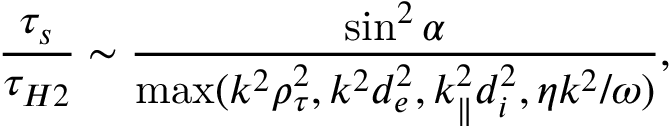
\frac { \tau _ { s } } { \tau _ { H 2 } } \sim \frac { \sin ^ { 2 } \alpha } { \operatorname* { m a x } ( k ^ { 2 } \rho _ { \tau } ^ { 2 } , k ^ { 2 } d _ { e } ^ { 2 } , k _ { \parallel } ^ { 2 } d _ { i } ^ { 2 } , \eta k ^ { 2 } / \omega ) } ,